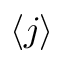
\langle j \rangle